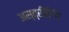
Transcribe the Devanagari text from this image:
अस्त्रीलिंग